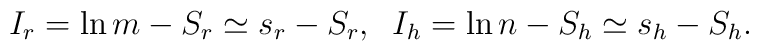
I_r = \ln m -S_r \simeq s_r - S_r,\;\; I_h = \ln n - S_h\simeq s_h - S_h.